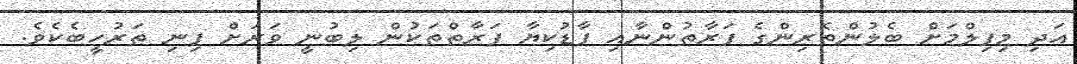
އަދި މިފިލްމަށް ބެލުންތެރިންގެ ފަރާތުންނާއި ފާޑުކިޔާ ފަރާތްތަކުން ލިބުނީ ވަރަށް ފިނި ތަރުހީބެކެވެ.